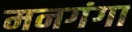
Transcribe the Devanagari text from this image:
मनगंगा